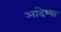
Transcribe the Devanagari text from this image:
आदेश्या